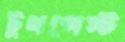
টুথপেস্ট